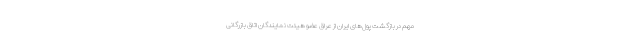
مهم در بازگشت پول‌های ایران از عراق عضو هیئت نمایندگان اتاق بازرگانی